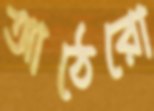
আঠেরো